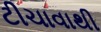
ટીચાવાથી